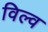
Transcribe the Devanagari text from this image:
विल्व